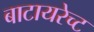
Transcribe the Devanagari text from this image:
बाटायरेच्ट